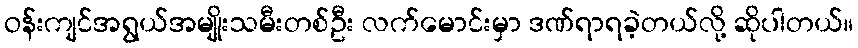
ဝန်းကျင်အရွယ်အမျိုးသမီးတစ်ဦး လက်မောင်းမှာ ဒဏ်ရာရခဲ့တယ်လို့ ဆိုပါတယ်။